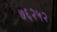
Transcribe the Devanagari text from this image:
७६२५२